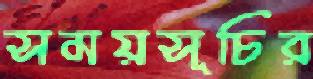
সময়সূচির